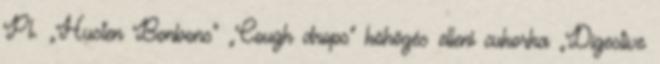
Pl. „Husten Bonbons” „Cough drops” köhögés elleni cukorka „Digestive